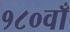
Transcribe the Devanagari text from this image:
१८०वाँ